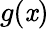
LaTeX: g(\mathit{x})